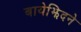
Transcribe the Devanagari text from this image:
बायेझिदने